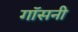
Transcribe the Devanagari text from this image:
गॉसनी